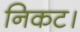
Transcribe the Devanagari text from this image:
निकट।